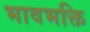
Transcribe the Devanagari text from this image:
भावभक्ति